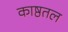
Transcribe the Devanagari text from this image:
काष्ठतल